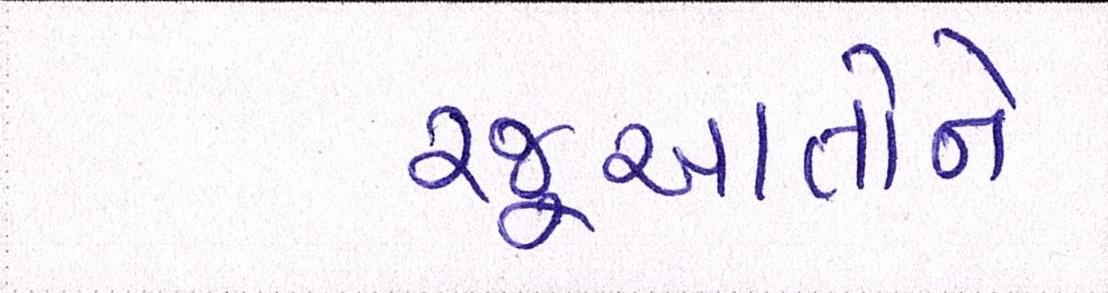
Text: રજૂઆતોને